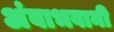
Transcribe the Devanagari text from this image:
अंबाभवानी